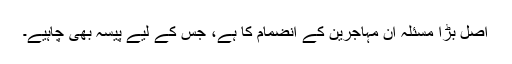
اصل بڑا مسئلہ ان مہاجرین کے انضمام کا ہے، جس کے لیے پیسہ بھی چاہیے۔